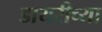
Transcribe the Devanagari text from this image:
डायरीच्या